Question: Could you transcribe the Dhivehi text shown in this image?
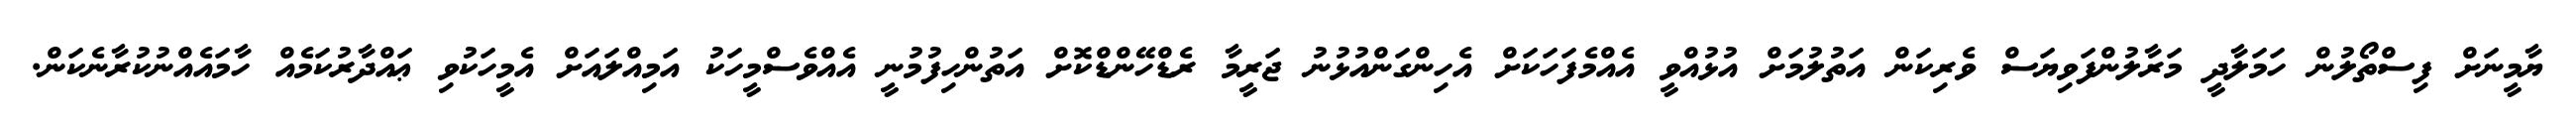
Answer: ޔާމީނަށް ފިސްތޯލުން ހަމަލާދީ މަރާލުންފަވިޔަސް ވެރިކަން އަތުލުމަށް އުޅުއްވީ އެއްމެފަހަކަށް އެހިންގަންއުޅުނު ޖަރީމާ ރެޑްހޭންޑްކޮށް އަތުންހިފުމުނީ އެއްވެސްމީހަކު އަމިއްލައަށް އެމީހަކުވި ޢައްދާރުކަމެއް ހާމައެއްނުކުރާނެކަން.